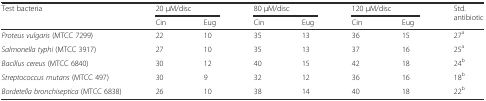
| Test bacteria | <COLSPAN=2> 20 μM/disc | <COLSPAN=2> 80 μM/disc | <COLSPAN=2> 120 μM/disc | <ROWSPAN=2> Std. antibiotic |
 |  | Cin | Eug | Cin | Eug | Cin | Eug |
 | --- | --- | --- | --- | --- | --- | --- | --- |
 | Proteus vulgaris (MTCC 7299) | 22 | 10 | 35 | 13 | 36 | 15 | 27a |
 | Salmonella typhi (MTCC 3917) | 27 | 10 | 35 | 13 | 37 | 16 | 25a |
 | Bacillus cereus (MTCC 6840) | 30 | 12 | 40 | 15 | 42 | 18 | 24b |
 | Streptococcus mutans (MTCC 497) | 30 | 9 | 32 | 12 | 36 | 16 | 18b |
 | Bordetella bronchiseptica (MTCC 6838) | 26 | 10 | 38 | 14 | 40 | 18 | 22b |